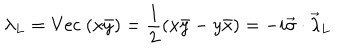
\lambda _ { L } = \mathrm { V e c } ~ ( x \bar { y } ) = \frac { 1 } { 2 } ( x \bar { y } - y \bar { x } ) = - i \vec { \sigma } \cdot \vec { \lambda } _ { L }